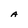
Character: A